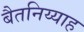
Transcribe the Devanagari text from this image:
बैतनिय्याह